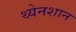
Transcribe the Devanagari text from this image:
थ्येनशान